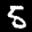
Label: 5